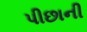
પીછાની